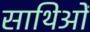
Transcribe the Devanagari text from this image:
साथिओं